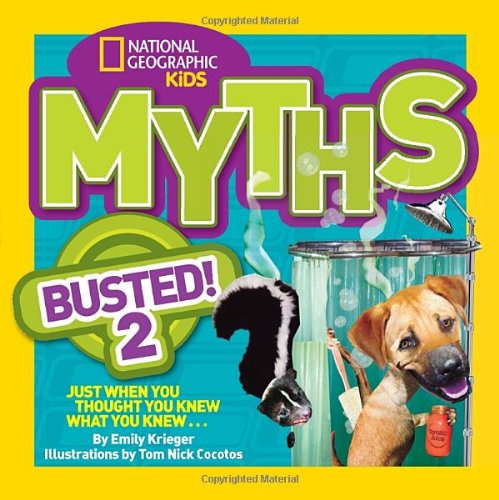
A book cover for National Geographic Kids Myths Busted! 2: Just When You Thought You Knew What You Knew . . .; Emily Krieger; Children's Books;